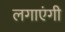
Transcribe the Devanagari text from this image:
लगाएंगी